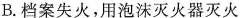
B.档案失火，用泡沫灭火器灭火